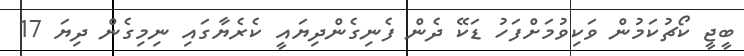
ބީޖީ ކޯޗުކަމުން ވަކިވުމަށްފަހު ޑަކޭ ދެން ފެނިގެންދިޔައީ ކެރެޔާގައި ނިމިގެން ދިޔަ 17